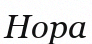
Нора